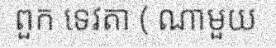
ពួក ទេវតា ( ណាមួយ